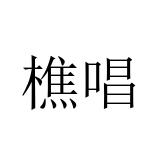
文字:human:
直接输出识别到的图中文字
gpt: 樵唱